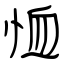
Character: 恤